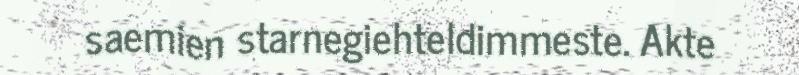
saemien starnegiehteldimmeste. Akte